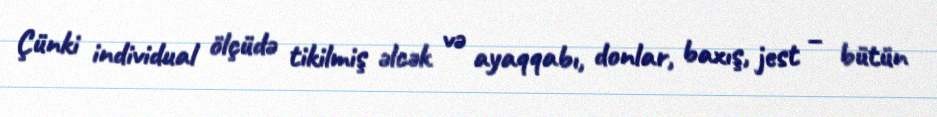
Çünki individual ölçüdə tikilmiş əlcək və ayaqqabı, donlar, baxış, jest – bütün